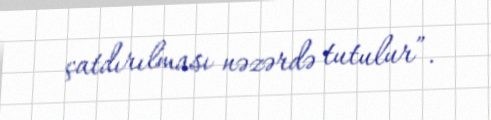
çatdırılması nəzərdə tutulur”.